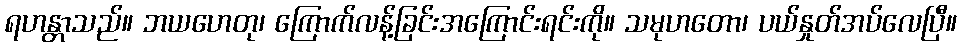
ရဟန္တာသည်။ ဘယဟေတု၊ ကြောက်လန့်ခြင်းအကြောင်းရင်းကို။ သမုဟတော၊ ပယ်နှုတ်အပ်လေပြီ။